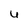
Character: U